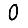
Digit: 0